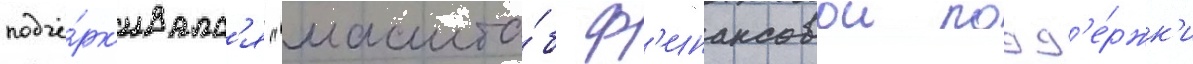
подчё́рк'ивалс'я "масшта́б ф'инансовои подд'е́ржк'и